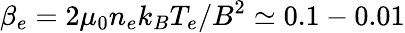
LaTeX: \beta_{e}=2\mu_{0}n_{e}k_{B}T_{e}/B^{2}\simeq 0.1-0.01